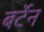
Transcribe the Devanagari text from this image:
बर्टेन